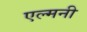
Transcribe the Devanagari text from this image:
एल्मनी